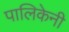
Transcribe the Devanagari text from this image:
पालिकेनी